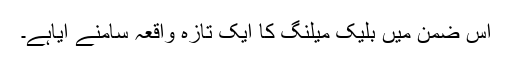
اس ضمن میں بلیک میلنگ کا ایک تازہ واقعہ سامنے آیاہے۔